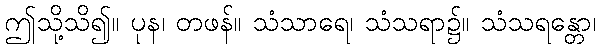
ဤသို့သိ၍။ ပုန၊ တဖန်။ သံသာရေ၊ သံသရာ၌။ သံသရန္တော၊